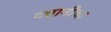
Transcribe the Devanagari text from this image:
दत्तानीचा